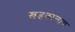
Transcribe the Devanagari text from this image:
खडकालाच